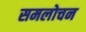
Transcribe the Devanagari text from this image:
समलोचन